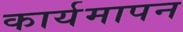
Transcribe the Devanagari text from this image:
कार्यमापन